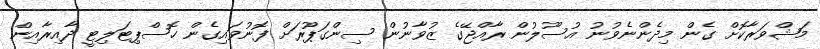
މަޝްވަރާކޮށް ގެން މިދެންނެވުނު އުސޫލުން ރާއްޖޭގެ ޒުވާނުން ސިންގަޕޫރަށް ފޮނުވައިގެން ހޮސްޕިޓަލިޓީ ދާއިރާއިން